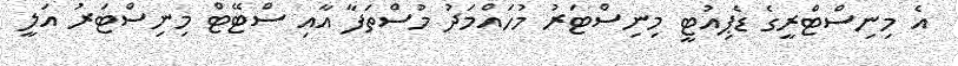
އެ މިނިސްޓްރީގެ ޑެޕިއުޓީ މިނިސްޓަރު މުހައްމަދު މުސްތަފާ އާއި ސްޓޭޓް މިނިސްޓަރު އަލީ